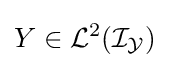
Y\in {\mathcal {L}}^{2}({\mathcal {I_{Y}}})